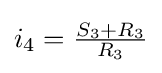
i_{4}={\tfrac {S_{3}+R_{3}}{R_{3}}}